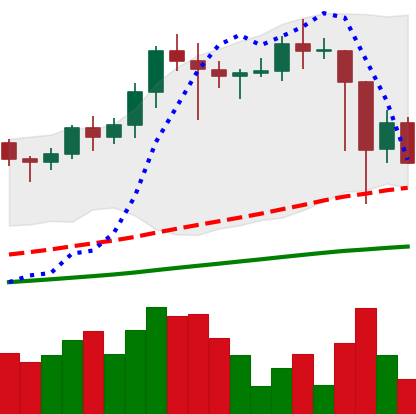
Ticker: LINK-USD
Chart end date: 2021-02-25
Forward return: 15.579%
Label: up_7plus